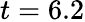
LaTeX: t=6.2